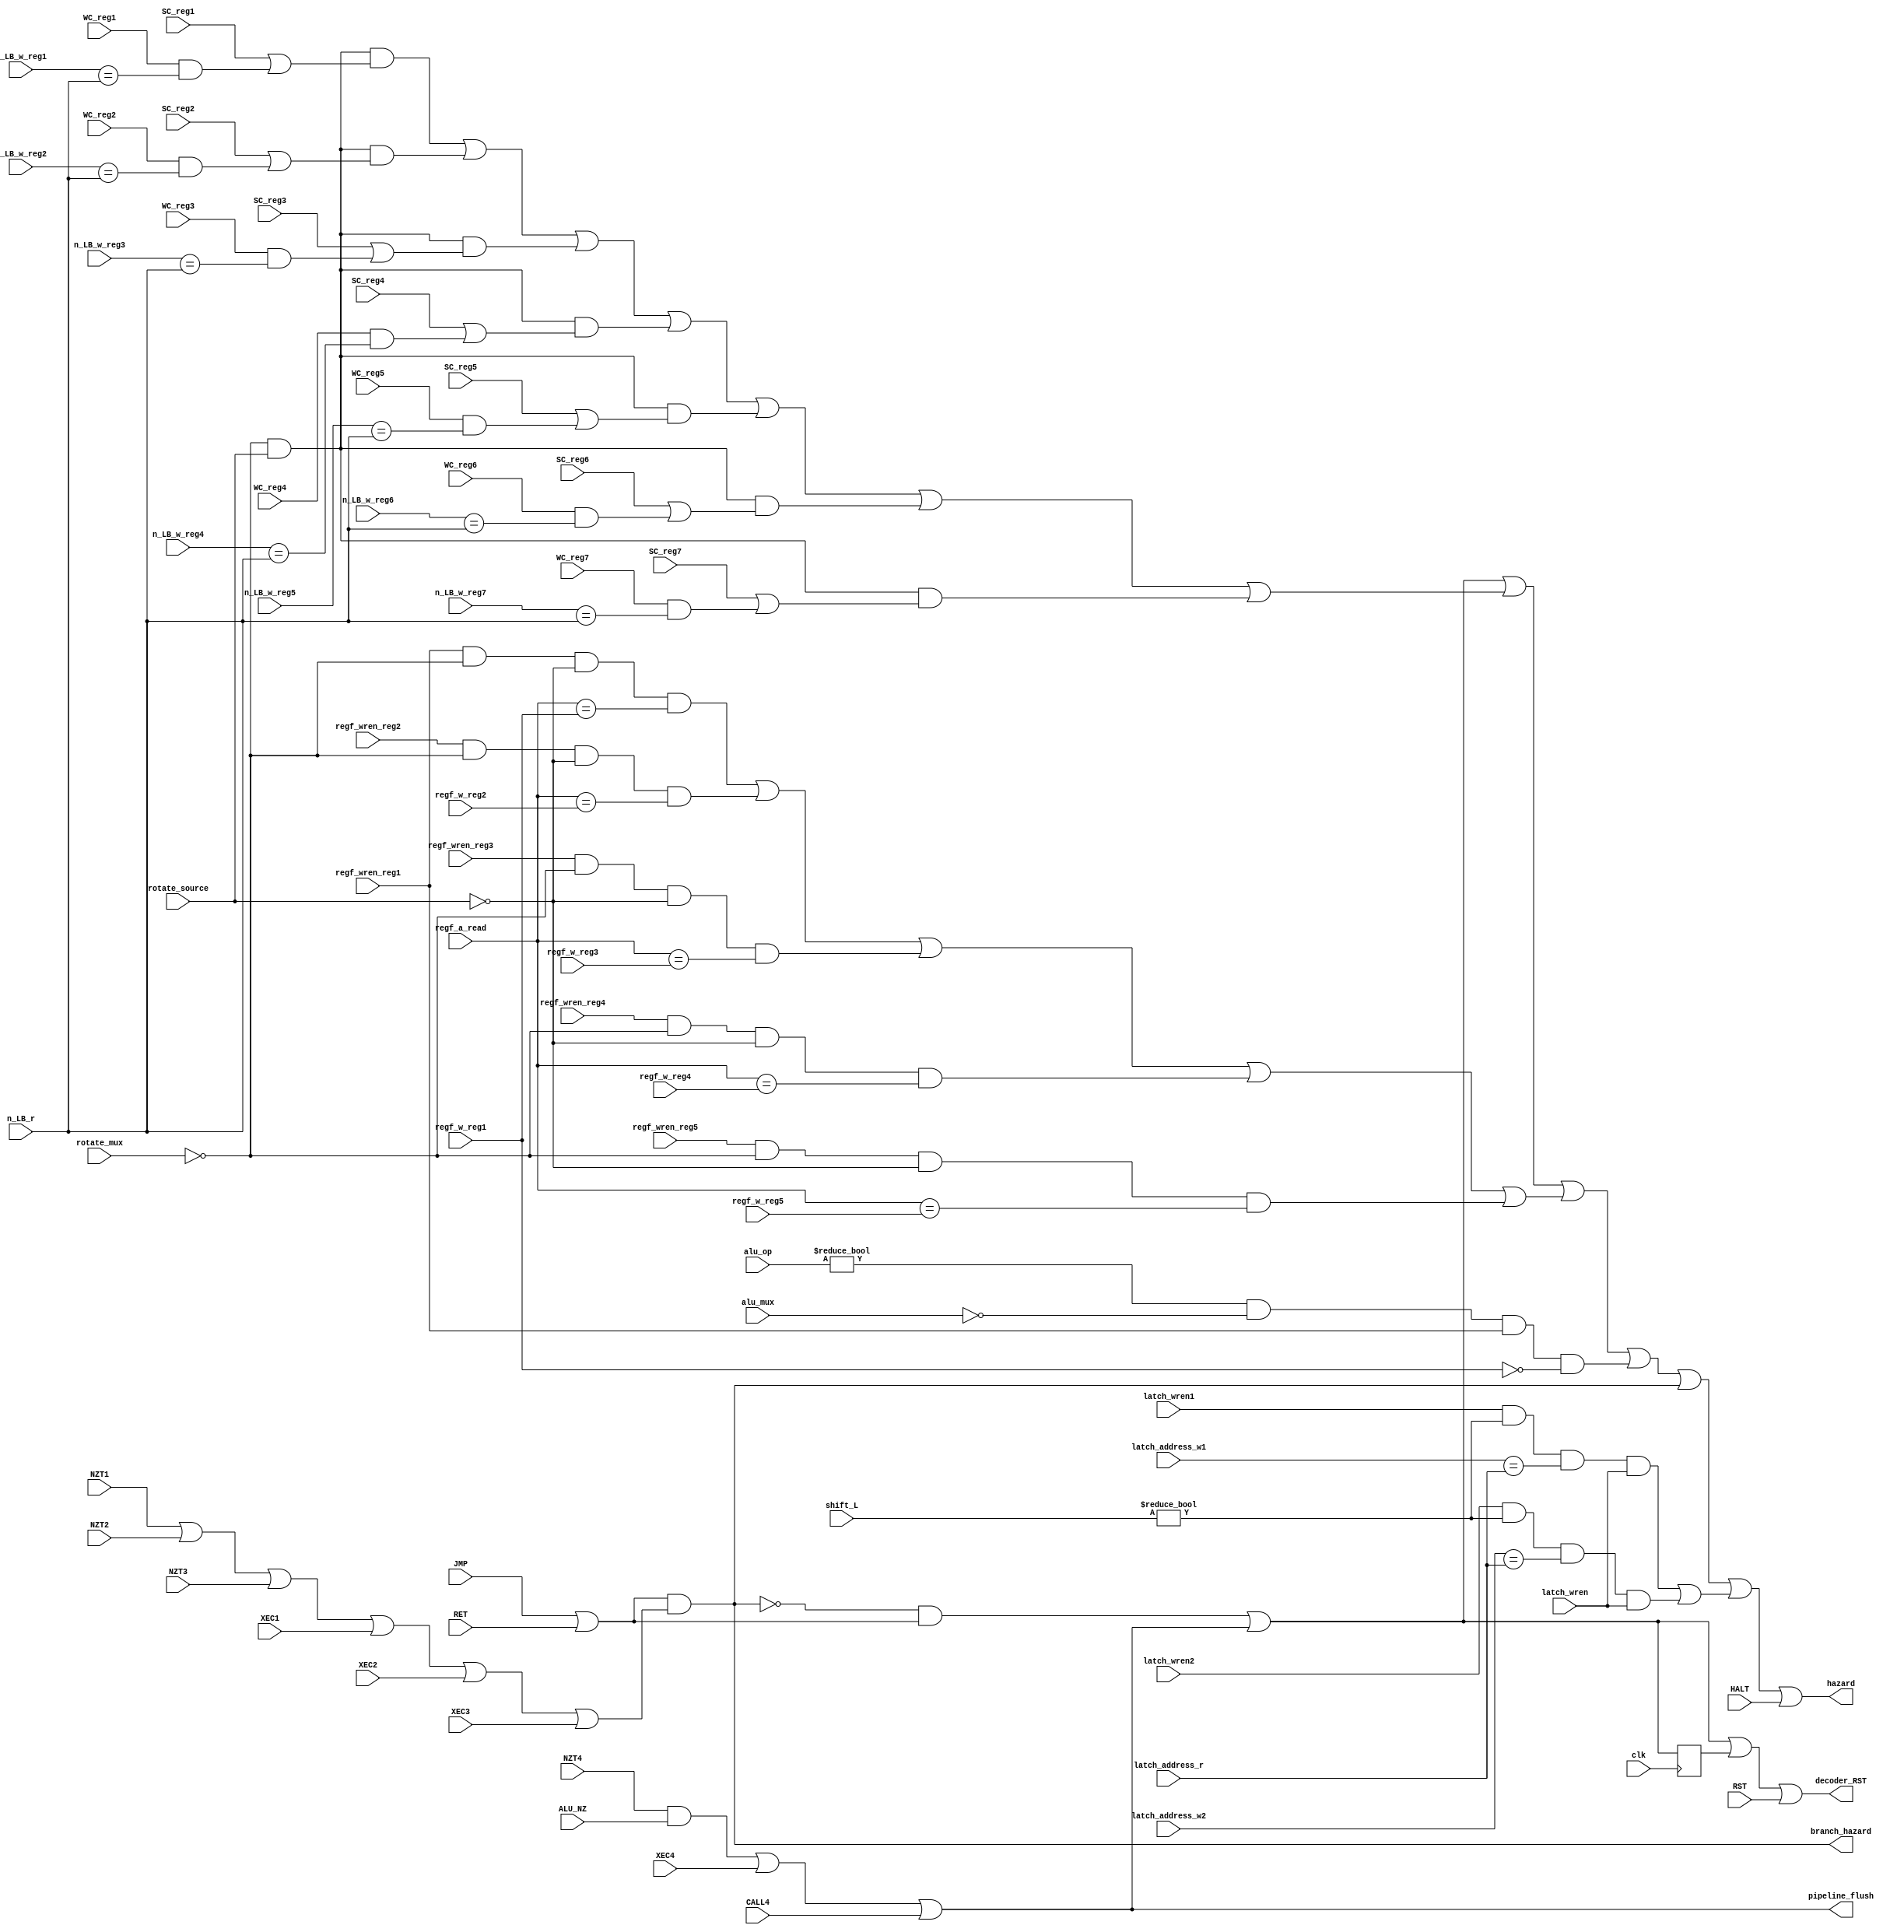
module hazard_unit(
		input wire clk,
		input wire NZT1, NZT2, NZT3, NZT4,
		input wire JMP,
		input wire XEC1, XEC2, XEC3, XEC4,
		input wire RET,
		input wire CALL4,
		input wire ALU_NZ,
		input wire[2:0] alu_op,
		input wire alu_mux,
		input wire HALT,
		input wire RST,
		input wire[2:0] regf_a_read,
		input wire[2:0] regf_w_reg1, regf_w_reg2, regf_w_reg3, regf_w_reg4, regf_w_reg5,
		input wire regf_wren_reg1, regf_wren_reg2, regf_wren_reg3, regf_wren_reg4, regf_wren_reg5,
		input wire SC_reg1, SC_reg2, SC_reg3, SC_reg4, SC_reg5, SC_reg6, SC_reg7,
		input wire WC_reg1, WC_reg2, WC_reg3, WC_reg4, WC_reg5, WC_reg6, WC_reg7,
		input wire n_LB_w_reg1, n_LB_w_reg2, n_LB_w_reg3, n_LB_w_reg4, n_LB_w_reg5, n_LB_w_reg6, n_LB_w_reg7,
		input wire n_LB_r,
		input wire rotate_mux,
		input wire rotate_source,
		input wire latch_wren, latch_wren1, latch_wren2,
		input wire[1:0] latch_address_w1, latch_address_w2,
		input wire[1:0] latch_address_r,
		input wire[2:0] shift_L,
		output wire hazard,
		output wire branch_hazard,
		output wire pipeline_flush,
		output wire decoder_RST);
reg RST_hold;
wire decoder_flush;
wire aux_read;
wire aux_hazard;
wire regf_hazard1, regf_hazard2, regf_hazard3, regf_hazard4, regf_hazard5;
wire regf_hazard;
wire IO_hazard;
wire IO_hazard1, IO_hazard2, IO_hazard3, IO_hazard4, IO_hazard5, IO_hazard6, IO_hazard7;
wire latch_hazard;
wire latch_hazard1, latch_hazard2;
assign branch_hazard = (JMP | RET) & (NZT1 | NZT2 | NZT3 | XEC1 | XEC2 | XEC3);
assign aux_read = (alu_op != 3'b000) & (~alu_mux);
assign decoder_flush = ((~branch_hazard) & (JMP | RET)) | ((NZT4 & ALU_NZ) | XEC4 | CALL4);
assign pipeline_flush = (NZT4 & ALU_NZ) | XEC4 | CALL4;
always @(posedge clk)
begin
	RST_hold <= decoder_flush;
end
assign decoder_RST = decoder_flush | RST_hold | RST;
assign latch_hazard1 = latch_wren1 & (shift_L != 8'h00) & (latch_address_w1 == latch_address_r) & latch_wren;	//no latch write means no latch read
assign latch_hazard2 = latch_wren2 & (shift_L != 8'h00) & (latch_address_w2 == latch_address_r) & latch_wren;
assign regf_hazard1 = regf_wren_reg1 & (~rotate_mux) & (~rotate_source) & (regf_a_read == regf_w_reg1);
assign regf_hazard2 = regf_wren_reg2 & (~rotate_mux) & (~rotate_source) & (regf_a_read == regf_w_reg2);
assign regf_hazard3 = regf_wren_reg3 & (~rotate_mux) & (~rotate_source) & (regf_a_read == regf_w_reg3);
assign regf_hazard4 = regf_wren_reg4 & (~rotate_mux) & (~rotate_source) & (regf_a_read == regf_w_reg4);
assign regf_hazard5 = regf_wren_reg5 & (~rotate_mux) & (~rotate_source) & (regf_a_read == regf_w_reg5);
assign IO_hazard1 = (~rotate_mux) & rotate_source & (SC_reg1 | (WC_reg1 & (n_LB_w_reg1 == n_LB_r)));
assign IO_hazard2 = (~rotate_mux) & rotate_source & (SC_reg2 | (WC_reg2 & (n_LB_w_reg2 == n_LB_r)));
assign IO_hazard3 = (~rotate_mux) & rotate_source & (SC_reg3 | (WC_reg3 & (n_LB_w_reg3 == n_LB_r)));
assign IO_hazard4 = (~rotate_mux) & rotate_source & (SC_reg4 | (WC_reg4 & (n_LB_w_reg4 == n_LB_r)));
assign IO_hazard5 = (~rotate_mux) & rotate_source & (SC_reg5 | (WC_reg5 & (n_LB_w_reg5 == n_LB_r)));
assign IO_hazard6 = (~rotate_mux) & rotate_source & (SC_reg6 | (WC_reg6 & (n_LB_w_reg6 == n_LB_r)));
assign IO_hazard7 = (~rotate_mux) & rotate_source & (SC_reg7 | (WC_reg7 & (n_LB_w_reg7 == n_LB_r)));
assign aux_hazard = aux_read & regf_wren_reg1 & (regf_w_reg1 == 3'h0);
assign latch_hazard = latch_hazard1 | latch_hazard2;
assign regf_hazard = regf_hazard1 | regf_hazard2 | regf_hazard3 | regf_hazard4 | regf_hazard5;
assign IO_hazard = IO_hazard1 | IO_hazard2 | IO_hazard3 | IO_hazard4 | IO_hazard5 | IO_hazard6 | IO_hazard7;
assign hazard = decoder_flush | IO_hazard | regf_hazard | aux_hazard | branch_hazard | latch_hazard | HALT;
endmodule